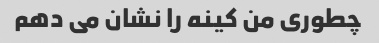
چطوری من کینه را نشان می دهم